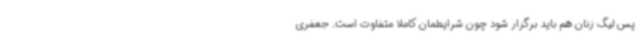
پس لیگ زنان هم باید برگزار شود چون شرایطمان کاملا متفاوت است. جعفری